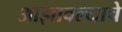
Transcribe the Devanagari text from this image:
आज्ञावल्याचे